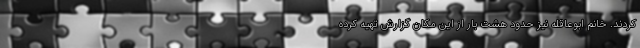
کردند. خانم ابوعاقله نیز حدود هشت بار از این مکان گزارش تهیه کرده